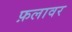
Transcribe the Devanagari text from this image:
फ़लावर